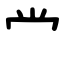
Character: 龸